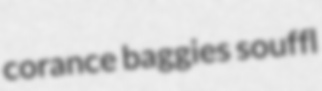
corance baggies souffl